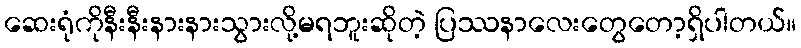
ဆေးရုံကိုနီးနီးနားနားသွားလို့မရဘူးဆိုတဲ့ ပြဿနာလေးတွေတော့ရှိပါတယ်။